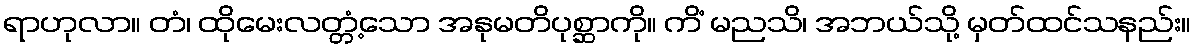
ရာဟုလာ။ တံ၊ ထိုမေးလတ္တံ့သော အနုမတိပုစ္ဆာကို။ ကိံ မညသိ၊ အဘယ်သို့ မှတ်ထင်သနည်း။